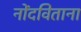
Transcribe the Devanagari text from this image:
नोंदविताना